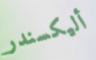
أليكسندر